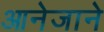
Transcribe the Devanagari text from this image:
आनेजाने